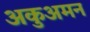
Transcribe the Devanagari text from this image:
अकुअमन